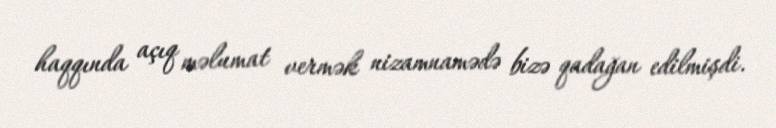
haqqında açıq məlumat vermək nizamnamədə bizə qadağan edilmişdi.